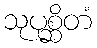
သုပုစ္ဆိတံ